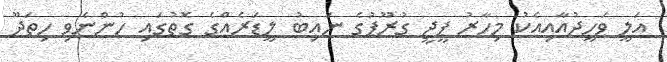
އަލީ ވަހީދުއާއިއެކު މިހާރު ޕީޖީ ގުރޫޕުގެ ނައިބު ލީޑަރެއްގެ ގޮތުގައި ހުންނެވި ހިތަދޫ